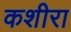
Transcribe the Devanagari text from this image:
कशीरा